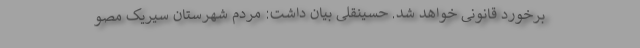
برخورد قانونی خواهد شد. حسینقلی بیان داشت: مردم شهرستان سیریک مصو